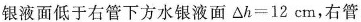
银液面低于右管下方水银液面$$\triangle h=12cm$$，右管